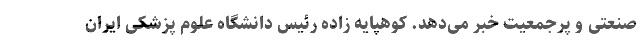
صنعتی و پرجمعیت خبر می‌دهد. کوهپایه زاده رئیس دانشگاه علوم پزشکی ایران